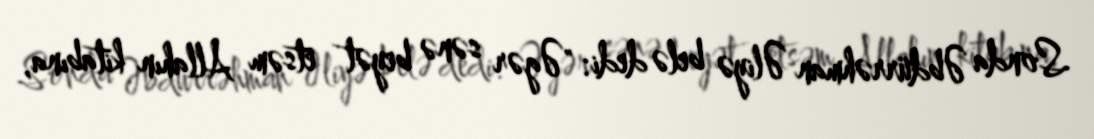
Sonda Əbdürrəhman Əliyə belə dedi: "Əgər sənə beyət etsəm Allahın kitabına,